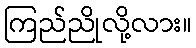
ကြည်ညိုလို့လား။